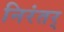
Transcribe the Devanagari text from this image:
निरंतर्